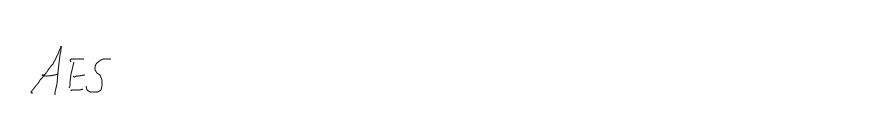
AES